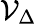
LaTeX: {\mathcal{V}}_{\Delta}